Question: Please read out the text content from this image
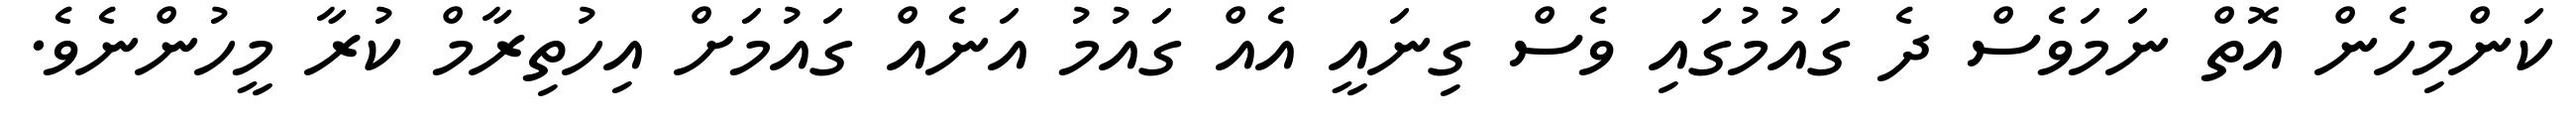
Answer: ކަންމިހެން އޮތް ނަމަވެސް ދެ ގައުމުގައި ވެސް ގިނައީ އެއް ގައުމު އަނެއް ގައުމަށް އިހުތިރާމް ކުރާ މީހުންނެވެ.